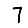
Digit: 7